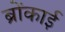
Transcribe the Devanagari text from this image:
ब्रोंकाई